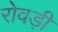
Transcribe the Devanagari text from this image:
रोवड़ी